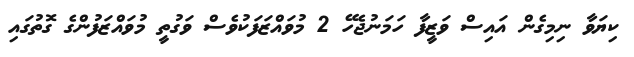
ކިޔަވާ ނިމިގެން އައިސް ވަޒީފާ ހަމަނުޖެހޭ 2 މުވައްޒަފަކުވެސް ވަގުތީ މުވައްޒަފުންގެ ގޮތުގައި